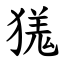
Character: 獇